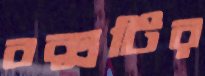
বক্সটির